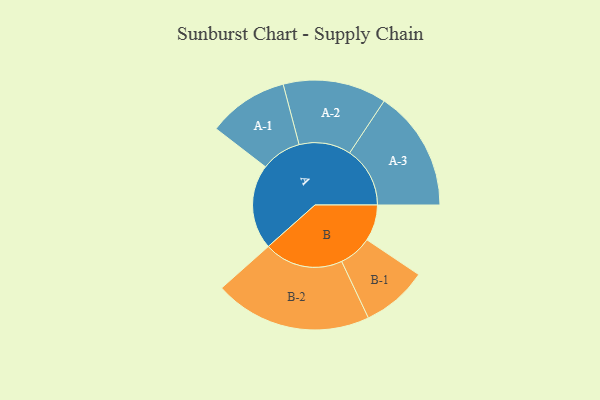
{"axis": {"x": "Segment", "y": "Value"}, "legend": ["", "A", "B"], "data": [{"x": "A", "y": 316, "type": ""}, {"x": "B", "y": 135, "type": ""}, {"x": "A-1", "y": 150, "type": "A"}, {"x": "A-2", "y": 193, "type": "A"}, {"x": "A-3", "y": 225, "type": "A"}, {"x": "B-1", "y": 123, "type": "B"}, {"x": "B-2", "y": 294, "type": "B"}]}